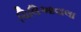
ચિલિઆવાલા